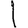
Digit: 1